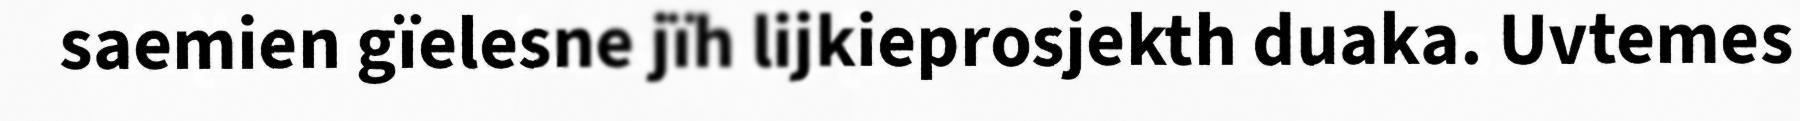
saemien gïelesne jïh lijkieprosjekth duaka. Uvtemes